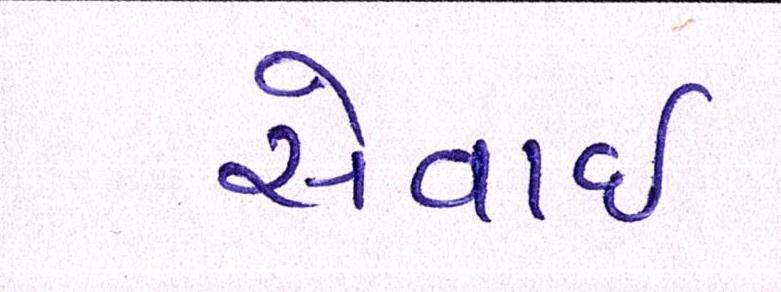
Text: સેવાઇ